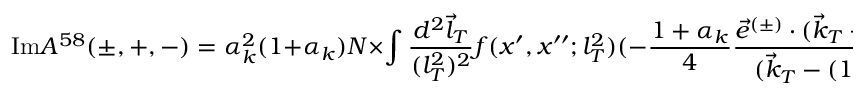
\mathrm { I m } { \cal A } ^ { 5 8 } ( \pm , + , - ) = \alpha _ { k } ^ { 2 } ( 1 + \alpha _ { k } ) { \cal N } \times \int \frac { d ^ { 2 } \vec { l } _ { T } } { ( l _ { T } ^ { 2 } ) ^ { 2 } } f ( x ^ { \prime } , x ^ { \prime \prime } ; l _ { T } ^ { 2 } ) ( - \frac { 1 + \alpha _ { k } } { 4 } \frac { \vec { e } ^ { ( \pm ) } \cdot ( \vec { k } _ { T } - ( 1 + \alpha _ { k } ) \vec { l } _ { T } ) } { ( \vec { k } _ { T } - ( 1 + \alpha _ { k } ) ^ { 2 } \vec { l } _ { T } ) ^ { 2 } } ) ,